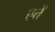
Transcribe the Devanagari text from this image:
एतें